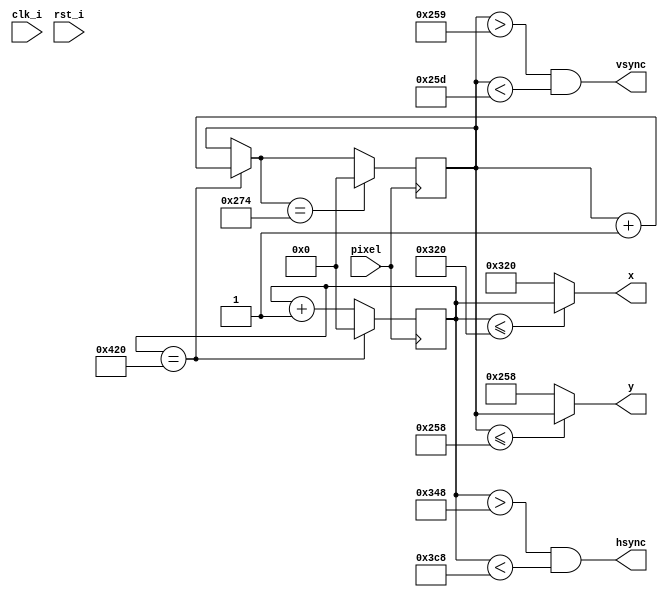
`timescale 1ns / 1ps
//////////////////////////////////////////////////////////////////////////////////
// Company: 
// 
// Design Name: 
// Module Name: driver2
// Project Name: 
// Target Devices: 
// Tool Versions: 
// Description: 
// 
// Dependencies: 
// 
// Revision:
// Revision 0.01 - File Created
// Additional Comments:
// 
//////////////////////////////////////////////////////////////////////////////////


module driver2(

      input wire clk_i,
      input wire rst_i,
      input wire pixel,
      
      output wire hsync,
      output wire vsync,
      output wire[10:0] x,
      output wire[10:0] y

    );
    
    reg [10:0] hcounter;
    reg [10:0] vcounter;
    /*
    assign hsync = ~(hcounter > 640 + 16 & hcounter < 640 + 16 + 96);
    assign vsync = ~((vcounter > 480 + 11) & vcounter < 480 + 11 + 2);
    
    assign x = hcounter <= 640 ? hcounter : 640;
    assign y = vcounter <= 480 ? vcounter : 480;*/
    
    assign hsync = (hcounter > 800 + 40 & hcounter < 800 + 40 + 128);
    assign vsync = ((vcounter > 600 + 1) & vcounter < 600 + 1 + 4);
    
    assign x = hcounter <= 800 ? hcounter : 800;
    assign y = vcounter <= 600 ? vcounter : 600;
    
    initial
    begin
        hcounter = 0;
        vcounter = 0;        
    end
    always @(posedge pixel)
    begin
        /*if(pixel)
        begin*/
            if(hcounter == /*800*/1056)
            begin
                hcounter = 0;
                vcounter = vcounter + 1;
            end
            else
            begin
                hcounter = hcounter + 1;
            end
        
            if (vcounter == /*525*/628)
            begin
                vcounter = 0;
            end
       // end
    end
    
    
endmodule